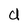
Character: d